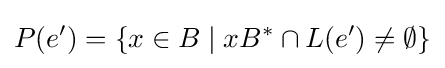
P(e')=\{x\in B\mid xB^{*}\cap L(e')\neq \emptyset \}